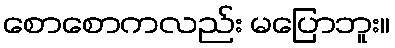
စောစောကလည်း မပြောဘူး။